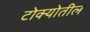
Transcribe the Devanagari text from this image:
टोक्योतील